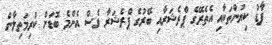
ފާޑު ކިޔުންތަކާއި އެތެރޭގެ ޕްްރެޝަރާއި ބޭރުގެ ޕްރެޝަރާ ވެސް އެންމެ ބޮޑަށް ކުރިމަތިލާން